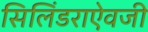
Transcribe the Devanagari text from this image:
सिलिंडराऐवजी